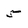
Character: 5